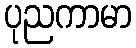
ပုညကာမာ